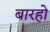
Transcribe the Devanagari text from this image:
बारहो